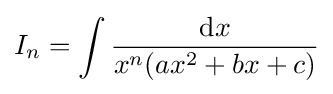
I_{n}=\int {\frac {{\text{d}}x}{{x^{n}}(ax^{2}+bx+c)}}\,\!